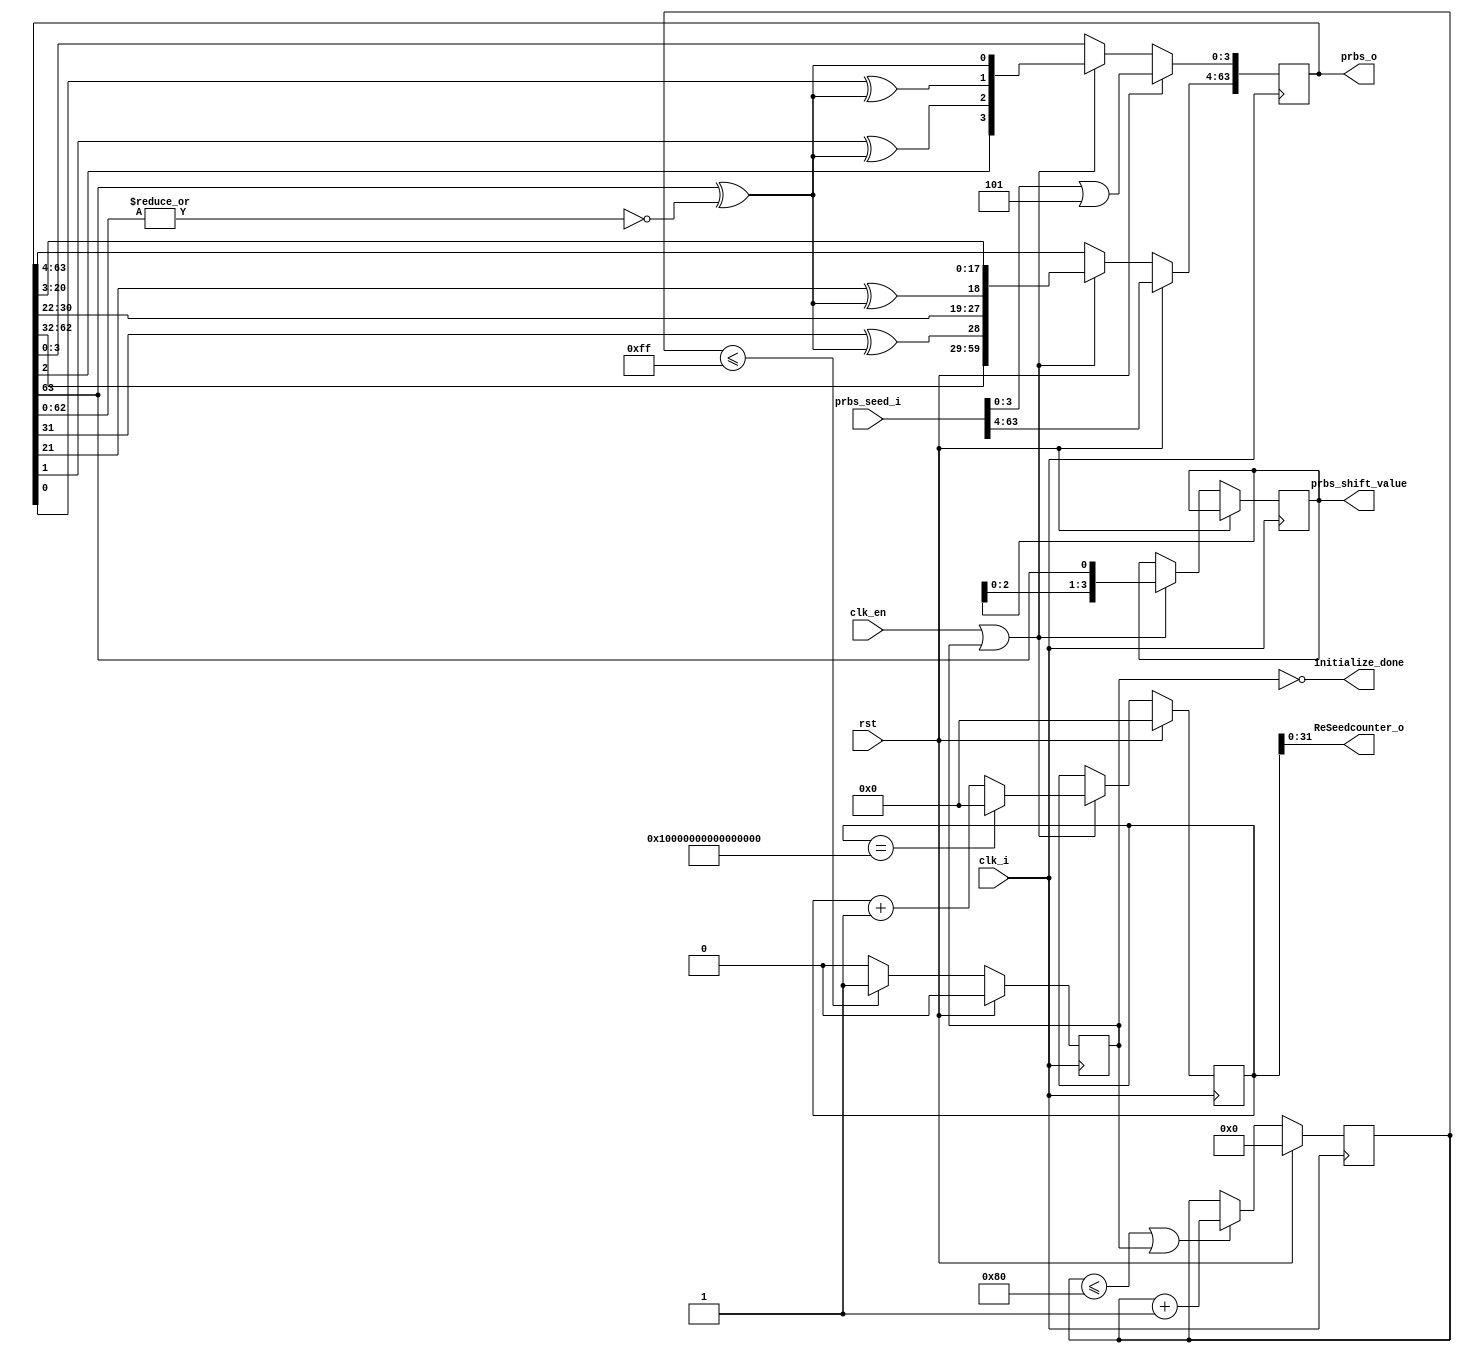
module tg_prbs_gen #
  (
    parameter PRBS_WIDTH = 64,          //                                                                 // "SEQUENTIAL_BURST"
    parameter START_ADDR  = 32'h00000000,
    parameter DMODE = "READ",
    parameter PRBS_OFFSET = 0, 
    parameter [PRBS_WIDTH-1:0] TAPS= 32'h80200003 //32'b10000000_00100000_00000000_00000011// [31,21,1,0]
   // 16 taps: [15,14,12,3] : 16'b11010000_00001000 
   // 64 taps: [63,62,60,59]: {{8'b11011000}, {56'b0}}
    
   )
  (
   input           clk_i,
   input           clk_en,
   input           rst,
//   input           prbs_seed_init,  // when high the prbs_x_seed will be loaded
   input [PRBS_WIDTH-1:0]    prbs_seed_i,
   output                    initialize_done,
   output  [PRBS_WIDTH-1:0]  prbs_o,     // generated address
   output reg [3:0] prbs_shift_value,
   output [31:0] ReSeedcounter_o
  );
  
  
wire  prbs_seed_ld;
reg [PRBS_WIDTH - 1:0] Next_LFSR_Reg;
reg [PRBS_WIDTH - 1:0] LFSR_Reg;
reg [PRBS_WIDTH-1:0] counterA;
reg Bits0_9_zero, Feedback;
integer i;
reg [PRBS_WIDTH - 1:0] ReSeedcounter;
reg [10:0] freerun_counters;
reg init_setup;
wire prbs_clk_en1;
wire prbs_clk_en2;
always @ (posedge clk_i)
begin
   if (rst)
     freerun_counters <= 'b0;
   else if (freerun_counters <= 128 || init_setup)
     freerun_counters <= freerun_counters + 1'b1;
end


always @ (posedge clk_i)
begin
   if (rst)
     counterA <= 'b0;
//   else if (clk_en || init_setup || )
   else if (prbs_clk_en1)

     counterA <= counterA + 1'b1;
end




assign initialize_done = ~init_setup;
always @ (posedge clk_i)
begin
   if (rst)
     init_setup <= 'b0;
   else if ( freerun_counters <= PRBS_OFFSET + 255 )
     init_setup <= 1'b1;
   else
     init_setup <= 1'b0;
    
end

/*always @ (posedge clk_i)
begin
   if (rst)
      prbs_shift_value <= 'b0;
   else if (freerun_counters == PRBS_OFFSET + 4 )
      prbs_shift_value <= LFSR_Reg[3:0];
end      
*/

assign ReSeedcounter_o = {{(32-PRBS_WIDTH){1'b0}},ReSeedcounter};
always @ (posedge clk_i)
begin
   if (rst)
     ReSeedcounter <= 'b0;
   else if (prbs_clk_en1)
     if (ReSeedcounter == {PRBS_WIDTH {1'b1}})
         ReSeedcounter <= 'b0;
     else
         ReSeedcounter <= ReSeedcounter + 1'b1;
end


assign prbs_clk_en1 = clk_en | init_setup ;
assign prbs_clk_en2 = clk_en | init_setup ;

always @ (posedge clk_i)
begin
   if (rst  ) begin
        // add a fixed non zero value to prevent to load a zero value to the LFSR.
        LFSR_Reg[3:0] <=  prbs_seed_i[3:0] | 4'h5;
        LFSR_Reg[PRBS_WIDTH-1:4] <= prbs_seed_i[PRBS_WIDTH-1:4];
    //       LFSR_Reg <= prbs_seed_i;

        end
   else if (prbs_clk_en2) begin
     //   if ( PRBS_OFFSET == 0)
     //      $display("prbs_value = 0x%h",LFSR_Reg);
        LFSR_Reg <= Next_LFSR_Reg;
        prbs_shift_value <= {prbs_shift_value[2:0],LFSR_Reg[PRBS_WIDTH-1]};
        end
end

   

always @ (LFSR_Reg)
begin :LFSR_Feedback
   Bits0_9_zero = ~| LFSR_Reg[PRBS_WIDTH-2:0];
   Feedback = LFSR_Reg[PRBS_WIDTH-1]^Bits0_9_zero; 
//   Feedback = LFSR_Reg[PRBS_WIDTH-1] ; 

//   for (i = 1; i <= PRBS_WIDTH - 1; i = i+1)
   for (i = PRBS_WIDTH - 1; i >= 1 ; i = i-1)

      if (TAPS[i - 1] == 1)
         Next_LFSR_Reg[i]= LFSR_Reg[i-1] ^ Feedback  ;
      else
         Next_LFSR_Reg[i] = LFSR_Reg[i-1];
         
   Next_LFSR_Reg[0] = Feedback  ;//LFSR_Reg[PRBS_WIDTH-1];// always use the last stage for feedback
end
assign prbs_o = LFSR_Reg;



endmodule